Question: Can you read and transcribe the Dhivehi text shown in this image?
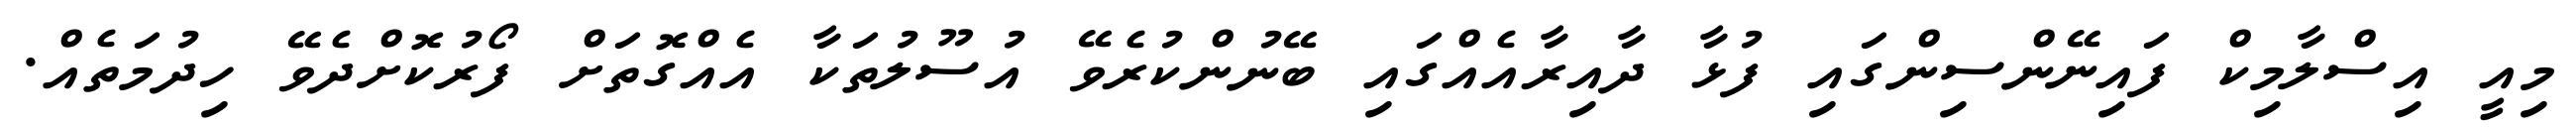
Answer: މިއީ އިސްލާމިކް ފައިނޭންސިންގައި ފުޅާ ދާއިރާއެއްގައި ބޭނުންކުރެވޭ އުސޫލުތަކާ އެއްގޮތަށް ފޯރުކޮށްދެވޭ ހިދުމަތެއް.